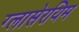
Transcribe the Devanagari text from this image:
ग्लासेरयिम